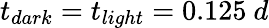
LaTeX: t_{dark}=t_{light}=0.125\ d